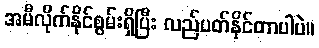
အမီလိုက်နိုင်စွမ်းရှိပြီး လည်ပတ်နိုင်တာပါပဲ။